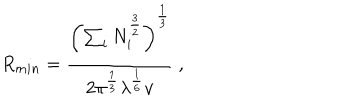
R _ { m i n } = \frac { \left( \sum _ { i } N _ { i } ^ { \frac { 3 } { 2 } } \right) ^ { \frac { 1 } { 3 } } } { 2 \pi ^ { \frac { 1 } { 3 } } \lambda ^ { \frac { 1 } { 6 } } v } ~ ,